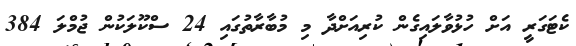
ކެޓަގަރީ އަށް ހުޅުވާލައިގެން ކުރިއަށްދާ މި މުބާރާތުގައި 24 ސްކޫލަކުން ޖުމްލަ 384